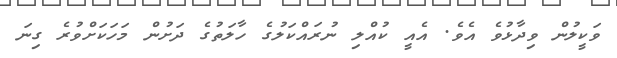
ވަކީލުން ވިދާޅުވެ އެވެ. އެއީ ކުއްލި ނުރައްކަލުގެ ހާލަތުގެ ދަށުން މަހަކަށްވުރެ ގިނަ